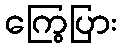
ကြွေပြား